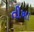
તીખા